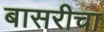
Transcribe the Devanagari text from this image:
बासरीचा